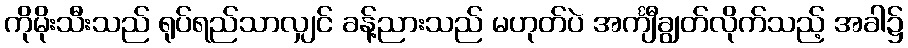
ကိုမိုးသီးသည် ရုပ်ရည်သာလျှင် ခန့်ညားသည် မဟုတ်ပဲ အင်္ကျီချွတ်လိုက်သည့် အခါ၌